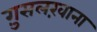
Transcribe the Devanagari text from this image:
ग़ुसलख़ाना